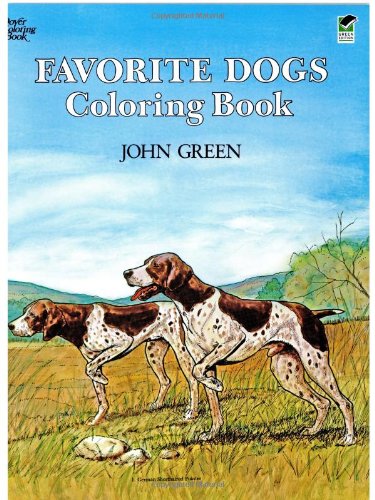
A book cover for Favorite Dogs Coloring Book; Soren Robertson; Children's Books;